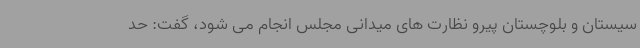
سیستان و بلوچستان پیرو نظارت های میدانی مجلس انجام می شود، گفت: حد